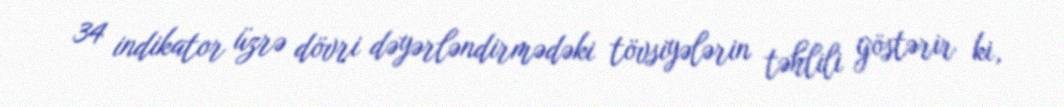
34 indikator üzrə dövri dəyərləndirmədəki tövsiyələrin təhlili göstərir ki,